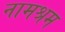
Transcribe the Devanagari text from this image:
नामश्रम